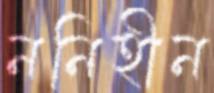
ননিহীন